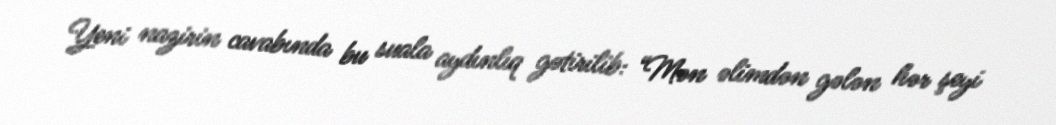
Yeni nazirin cavabında bu suala aydınlıq gətirilib: “Mən əlimdən gələn hər şeyi